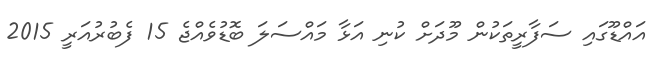
އައްޑޫގައި ސަފާރީތަކުން މޫދަށް ކުނި އަޅާ މައްސަލަ ބޮޑުވެއްޖެ 15 ފެބުރުއަރީ 2015